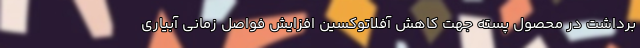
برداشت در محصول پسته جهت کاهش آفلاتوکسین افزایش فواصل زمانی آبیاری